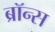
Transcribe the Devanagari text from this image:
ब्रॉन्‍स